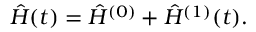
\hat { H } ( t ) = \hat { H } ^ { ( 0 ) } + \hat { H } ^ { ( 1 ) } ( t ) .